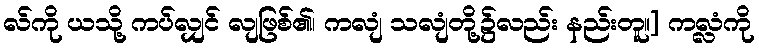
လ်ကို ယသို့ ကပ်လျှင် လျဖြစ်၏၊ ကလျံ သလျံတို့၌လည်း နည်းတူ။] ကလ္လံကို